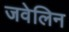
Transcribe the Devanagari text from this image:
जवेलिन